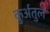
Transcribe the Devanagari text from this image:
कुर्अतुल